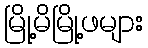
မြို့မိမြို့ဖများ